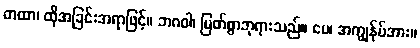
တထာ၊ ထိုအခြင်းအရာဖြင့်။ ဘဂဝါ၊ မြတ်စွာဘုရားသည်။ မေ၊ အကျွန်ုပ်အား။